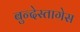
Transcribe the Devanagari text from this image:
बुन्देस्तागेस